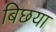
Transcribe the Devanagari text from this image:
बिछया